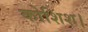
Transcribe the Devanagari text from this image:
कोशिश।